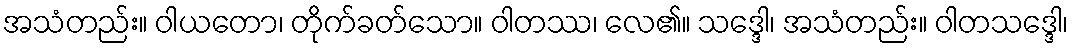
အသံတည်း။ ဝါယတော၊ တိုက်ခတ်သော။ ဝါတဿ၊ လေ၏။ သဒ္ဒေါ၊ အသံတည်း။ ဝါတသဒ္ဒေါ၊